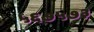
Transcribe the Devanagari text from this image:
५६७५७३